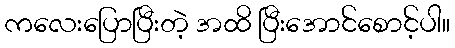
ကလေးပြောပြီးတဲ့ အထိ ပြီးအောင်စောင့်ပါ။